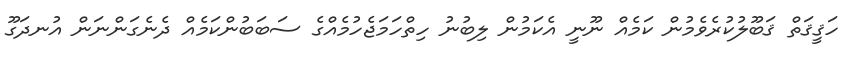
ހަޤީޤަތް ޤަބޫލުކުރެވެމުން ކަމެއް ނޫނީ އެކަމުން ލިބުނު ހިތްހަމަޖެހުމެއްގެ ސަބަބުންކަމެއް ދެނެގަންނަން އުނދަގޫ